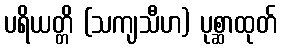
ပရိယတ္တိ (သကျသီဟ) ပုစ္ဆာထုတ်